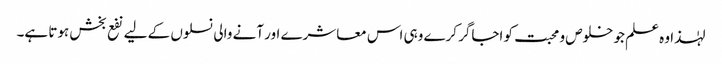
لہٰذا وہ علم جو خلوص و محبت کو اجاگر کرے وہی اس معاشرے اور آنے والی نسلوں کے لیے نفع بخش ہوتا ہے۔